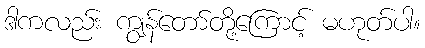
ဒါကလည်း ကျွန်တော်တို့ကြောင့် မဟုတ်ပါ။